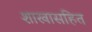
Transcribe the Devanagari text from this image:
शाखासहित